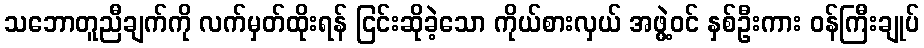
သဘောတူညီချက်ကို လက်မှတ်ထိုးရန် ငြင်းဆိုခဲ့သော ကိုယ်စားလှယ် အဖွဲ့ဝင် နှစ်ဦးကား ဝန်ကြီးချုပ်